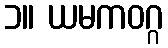
၁။ ယမကဝဂ္ဂ